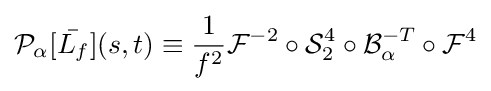
{\mathcal {P}}_{\alpha }[{\bar {L_{f}}}](s,t)\equiv {\frac {1}{f^{2}}}{\mathcal {F}}^{-2}\circ {\mathcal {S}}_{2}^{4}\circ {\mathcal {B}}_{\alpha }^{-T}\circ {\mathcal {F}}^{4}